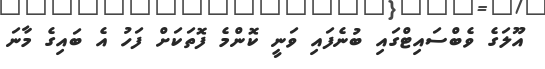
އޫލަގެ ވެބްސައިޓްގައި ބުނެފައި ވަނީ ކޮންމެ ފޮތަކަށް ފަހު އެ ބައިގެ މާނަ